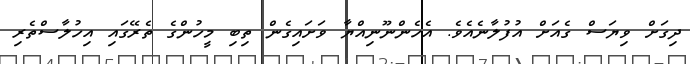
ދިގަށް ވިޔަސް ގެއަށް އުފުލާނެއެވެ. އެހެންނޫނިއްޔާ ވަށައިގެން ތިބި މީހުންގެ ތެރޭގައި އިހުލާސްތެރި